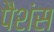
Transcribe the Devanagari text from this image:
पैशंस